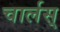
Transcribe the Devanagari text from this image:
चार्लस्‌